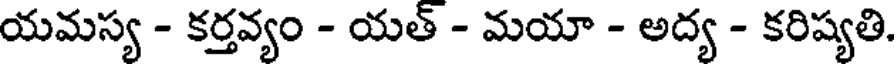
యమస్య - కర్తవ్యం - యత్ - మయా - అద్య - కరిష్యతి.